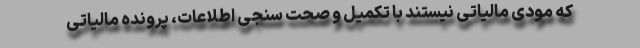
که مودی مالیاتی نیستند با تکمیل و صحت سنجی اطلاعات، پرونده مالیاتی